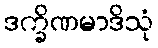
ဒက္ခိဏမာဒိသုံ